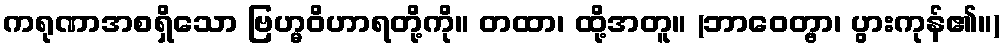
ကရုဏာအစရှိသော ဗြဟ္မဝိဟာရတို့ကို။ တထာ၊ ထို့အတူ။ (ဘာဝေတ္ဗာ၊ ပွားကုန်၏။)